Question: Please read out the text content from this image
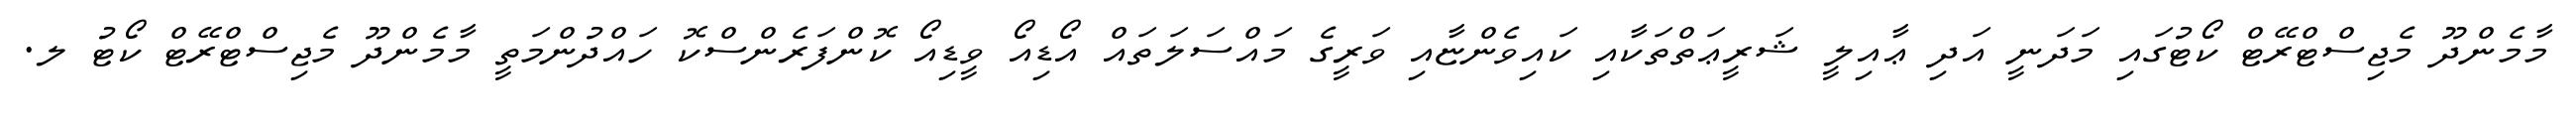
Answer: މާމެންދޫ މެޖިސްޓްރޭޓް ކޯޓުގައި މަދަނީ އަދި ޢާއިލީ ޝަރީޢަތްތަކާއި ކައިވެންޏާއި ވަރީގެ މައްސަލަތައް އޯޑިއޯ ވީޑިއޯ ކޮންފަރެންސްކޮ ހައްދުންމަތީ މާމެންދޫ މެޖިސްޓްރޭޓް ކޯޓު ލ.